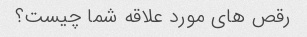
رقص های مورد علاقه شما چیست؟